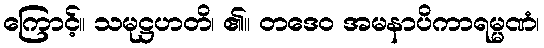
ကြောင့်။ သမုဋ္ဌဟတိ၊ ၏။ တဒေဝ အမနာပိကာရမ္မဏံ၊